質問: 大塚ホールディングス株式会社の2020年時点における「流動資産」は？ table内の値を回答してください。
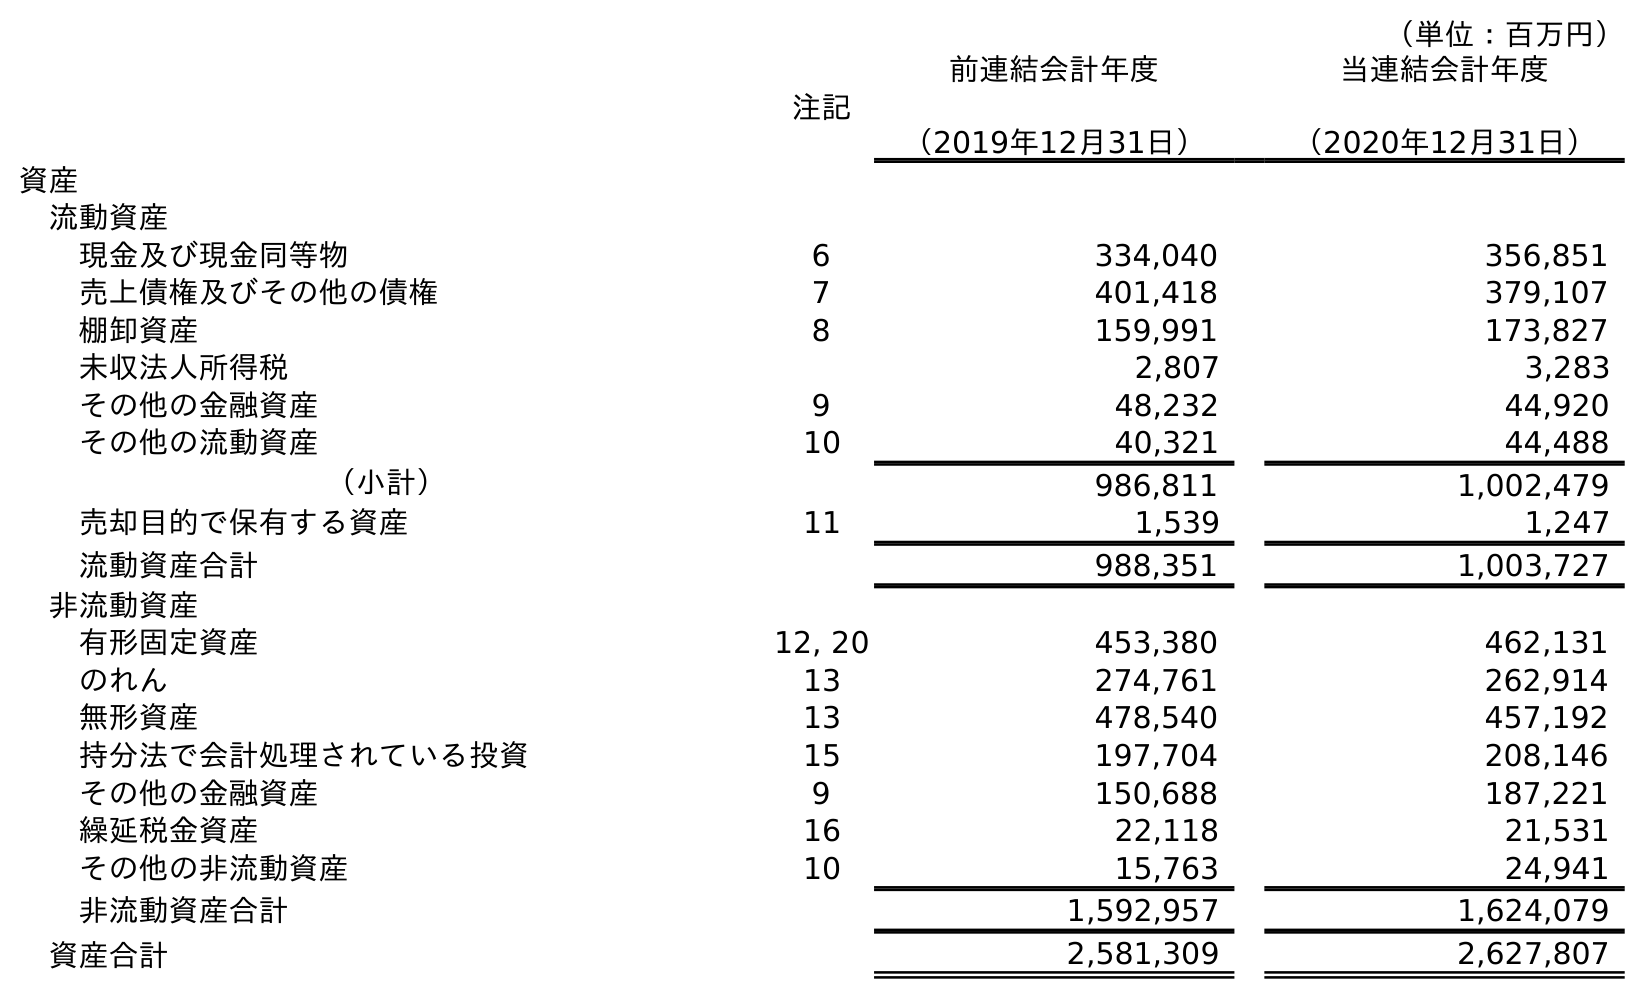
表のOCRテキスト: （単位：百万円） 注記 前連結会計年度 （2019年12月31日） 当連結会計年度 （2020年12月31日） 資産 流動資産 現金及び現金同等物 6 334,040 356,851 売上債権及びその他の債権 7 401,418 379,107 棚卸資産 8 159,991 173,827 未収法人所得税 2,807 3,283 その他の金融資産 9 48,232 44,920 その他の流動資産 10 40,321 44,488 （小計） 986,811 1,002,479 売却目的で保有する資産 11 1,539 1,247 流動資産合計 988,351 1,003,727 非流動資産 有形固定資産 12, 20 453,380 462,131 のれん 13 274,761 262,914 無形資産 13 478,540 457,192 持分法で会計処理されている投資 15 197,704 208,146 その他の金融資産 9 150,688 187,221 繰延税金資産 16 22,118 21,531 その他の非流動資産 10 15,763 24,941 非流動資産合計 1,592,957 1,624,079 資産合計 2,581,309 2,627,807
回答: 1,003,727